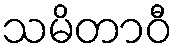
သမိတာဝီ